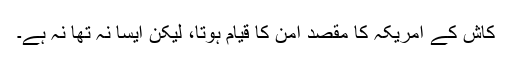
کاش کے امریکہ کا مقصد امن کا قیام ہوتا، لیکن ایسا نہ تھا نہ ہے۔